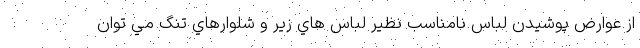
از عوارض پوشيدن لباس نامناسب نظير لباس هاي زير و شلوارهاي تنگ مي توان